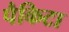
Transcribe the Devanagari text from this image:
पैकिटा